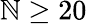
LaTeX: \mathbb{N}\geq20